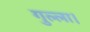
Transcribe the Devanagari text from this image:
गुल्ला।